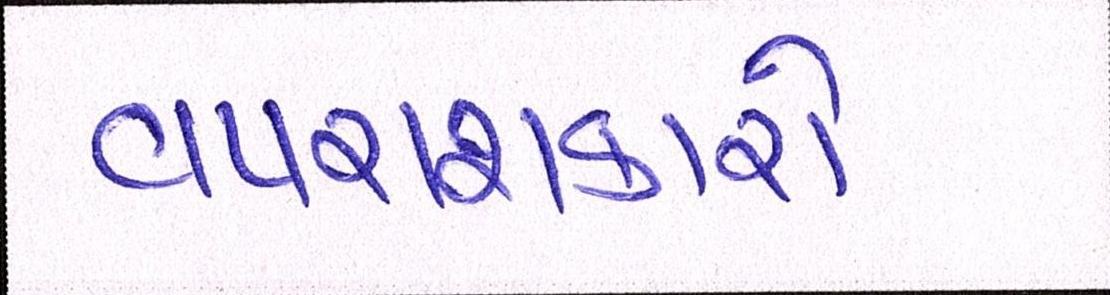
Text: વપરાશકારો